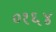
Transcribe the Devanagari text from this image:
०१६४